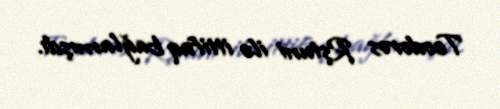
Teodoros Rştuni ilə ittifaq bağlamışdı.